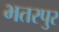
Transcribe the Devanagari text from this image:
भतरपुर